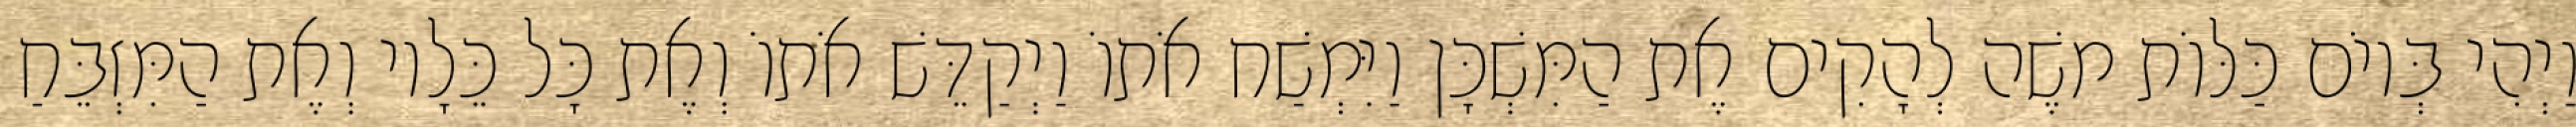
וַיְהִי בְּיוֹם כַּלּוֹת משֶׁה לְהָקִים אֶת הַמִּשְׁכָּן וַיִּמְשַׁח אֹתוֹ וַיְקַדֵּשׁ אֹתוֹ וְאֶת כָּל כֵּלָיו וְאֶת הַמִּזְבֵּחַ